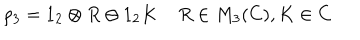
\rho _ { 3 } = 1 _ { 2 } \otimes R \oplus 1 _ { 2 } K \; R \in M _ { 3 } ( C ) , K \in C